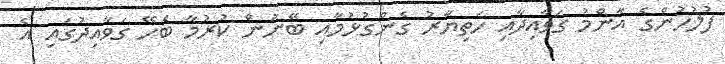
ފުލުހުންގެ އާންމު ގަވާއިދާއި ހަތިޔާރު ގެންގުޅުމާއި ބޭނުން ކުރުމާ ބެހޭ ގަވާއިދުގައި އެ